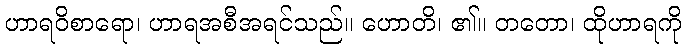
ဟာရဝိစာရော၊ ဟာရအစီအရင်သည်။ ဟောတိ၊ ၏။ တတော၊ ထိုဟာရကို